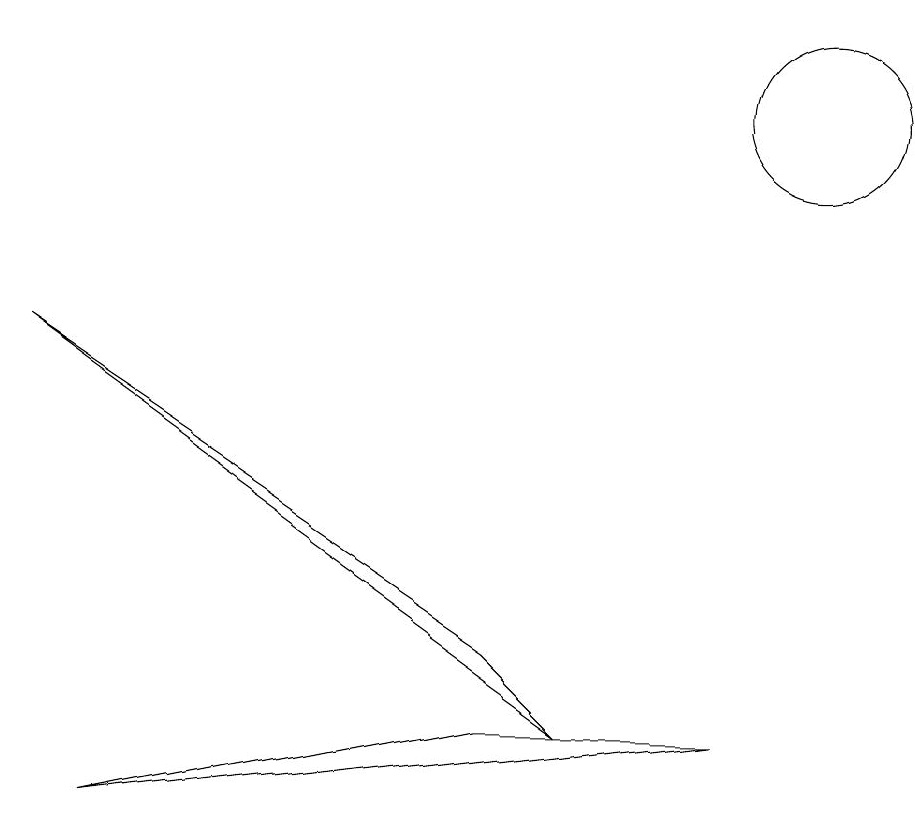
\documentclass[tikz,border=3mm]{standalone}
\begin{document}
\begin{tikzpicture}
\draw (10,10) circle (1);
\draw (1,1) -- (9,2) -- (6,2) -- cycle;
\draw (0,7) -- (7,2) -- (6,3) -- cycle;
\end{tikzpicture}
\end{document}